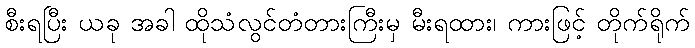
စီးရပြီး ယခု အခါ ထိုသံလွင်တံတားကြီးမှ မီးရထား၊ ကားဖြင့် တိုက်ရိုက်